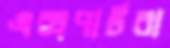
এক্সপার্টরা